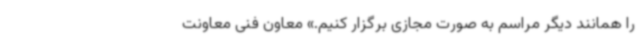
را همانند دیگر مراسم به صورت مجازی برگزار کنیم.» معاون فنی معاونت